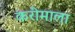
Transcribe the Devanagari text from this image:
करीमाला